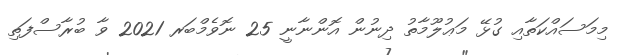
މިމަސައްކަތާއި ގުޅޭ މަޢުލޫމާތު ދިނުން އޮންނާނީ 25 ނޮވެމްބަރ 2021 ވާ ބުރާސްފަތި